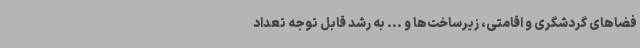
فضاهای گردشگری و اقامتی، زیرساخت‌ها و ... به رشد قابل توجه تعداد